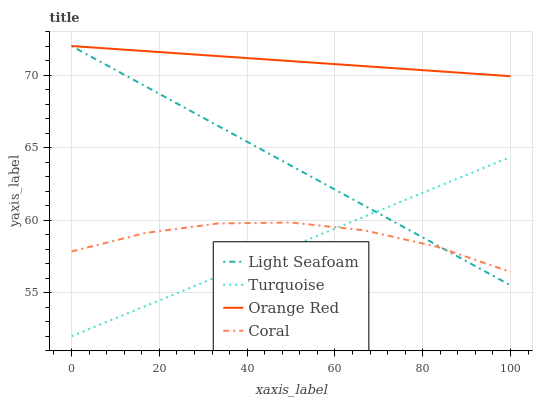
| xaxis_label | Light Seafoam | Turquoise | Orange Red | Coral |
 | --- | --- | --- | --- | --- |
 | 0 | 72 | 52 | 72 | 57.8 |
 | 16.7 | 69.3 | 54.1 | 71.7 | 59.1 |
 | 33.3 | 66.5 | 56.1 | 71.3 | 59.8 |
 | 50 | 63.8 | 58.2 | 71 | 59.8 |
 | 66.7 | 61 | 60.2 | 70.6 | 59.3 |
 | 83.3 | 58.3 | 62.3 | 70.3 | 58.2 |
 | 100 | 55.5 | 64.4 | 69.9 | 56.4 |